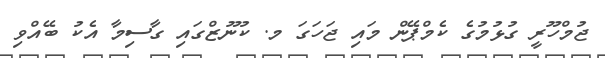
ޖުމްހޫރީ ގުޅުމުގެ ކެމްޕޭން މައި ޖަހަގަ މ. ކުނޫޒްގައި ގާސިމާ އެކު ބޭއްވި